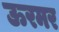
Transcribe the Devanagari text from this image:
ऊरमर